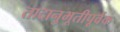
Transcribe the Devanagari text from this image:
तादानुभूतीपूर्वक